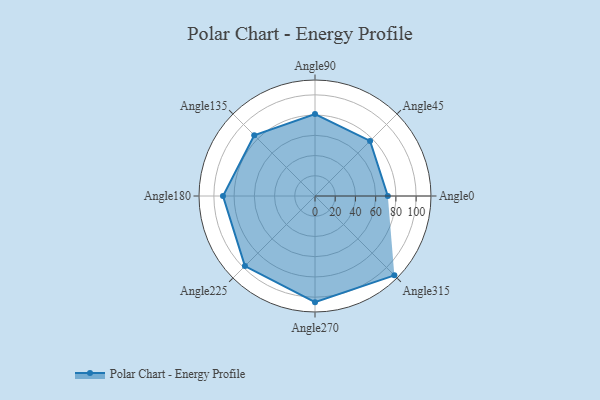
{"axis": {"x": "Angle", "y": "Radius"}, "legend": [""], "data": [{"x": "Angle0", "y": 72.0, "type": ""}, {"x": "Angle45", "y": 77.0, "type": ""}, {"x": "Angle90", "y": 81.0, "type": ""}, {"x": "Angle135", "y": 85.0, "type": ""}, {"x": "Angle180", "y": 91.0, "type": ""}, {"x": "Angle225", "y": 98.0, "type": ""}, {"x": "Angle270", "y": 105.0, "type": ""}, {"x": "Angle315", "y": 111.0, "type": ""}]}